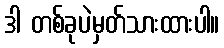
ဒါ တစ်ခုပဲမှတ်သားထားပါ။